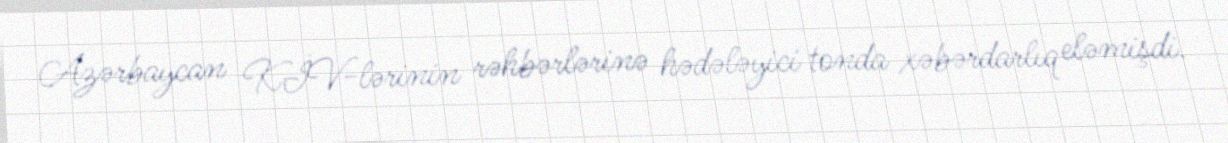
Azərbaycan KİV-lərinin rəhbərlərinə hədələyici tonda xəbərdarlıq eləmişdi.